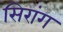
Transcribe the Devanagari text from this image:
सिरांग